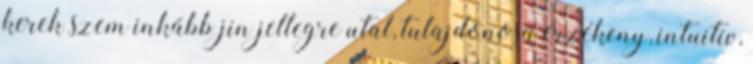
kerek szem inkább jin jellegre utal, tulajdonosa érzékeny, intuitív,